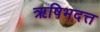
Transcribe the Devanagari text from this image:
ऋषिभदत्त